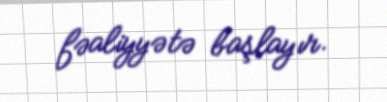
fəaliyyətə başlayır.